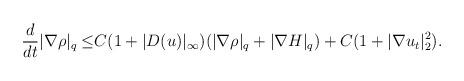
LaTeX: \begin{align*}\frac{d}{dt}|\nabla \rho|_q\leq& C(1+|D( u)|_\infty)(|\nabla \rho|_q+|\nabla H|_q)+C(1+|\nabla u_t|^2_2).\end{align*}